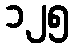
၁၂၅